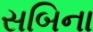
સબિના